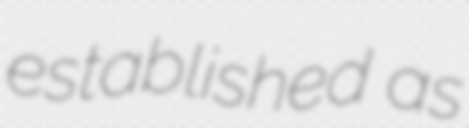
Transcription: established as